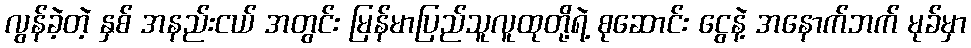
လွန်ခဲ့တဲ့ နှစ် အနည်းငယ် အတွင်း မြန်မာပြည်သူလူထုတို့ရဲ့ စုဆောင်း ငွေနဲ့ အနောက်ဘက် မုခ်မှာ